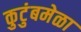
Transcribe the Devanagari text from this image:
कुटुंबमेळा